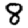
Digit: 8